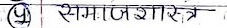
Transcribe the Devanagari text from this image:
समाजशास्त्र